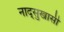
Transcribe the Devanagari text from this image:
नाद्सुखासी